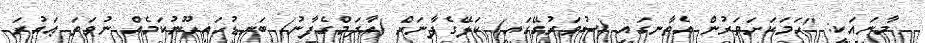
މާނައަކީ: ''ހަމަކަށަވަރުން އެތާނގައި (ސުވަރުގޭގައި) ކަލޭގެފާނަށް (އާދަމްގެފާނު) ބަނޑުހައިހޫނުކަމެއް ނުވަތަ ޢައުރަ